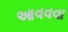
આવવવા